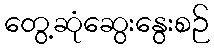
တွေ့ဆုံဆွေးနွေးစဉ်